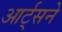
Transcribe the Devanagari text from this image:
आर्ट्‌सने